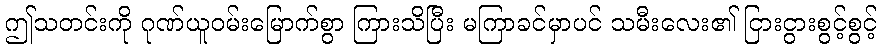
ဤသတင်းကို ဂုဏ်ယူဝမ်းမြောက်စွာ ကြားသိပြီး မကြာခင်မှာပင် သမီးလေး၏ ငြားငွားစွင့်စွင့်